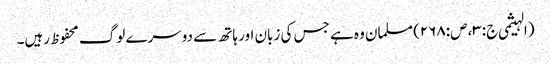
(الہیثمی ج:۳، ص:۲۶۸) مسلمان وہ ہے جس کی زبان اور ہاتھ سے دوسرے لوگ محفوظ رہیں۔